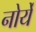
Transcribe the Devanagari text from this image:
नोर्ये